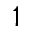
^ 1